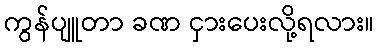
ကွန်ပျူတာ ခဏ ငှားပေးလို့ရလား။